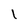
Character: 1